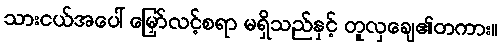
သားငယ်အပေါ် မြှော်လင့်စရာ မရှိသည်နှင့် တူလှချေ၏တကား။